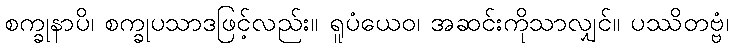
စက္ခုနာပိ၊ စက္ခုပသာဒဖြင့်လည်း။ ရူပံယေဝ၊ အဆင်းကိုသာလျှင်။ ပဿိတဗ္ဗံ၊